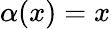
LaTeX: \alpha(x)=x